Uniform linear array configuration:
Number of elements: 4
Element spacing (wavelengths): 0.25
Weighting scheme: uniform
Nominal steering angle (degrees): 45
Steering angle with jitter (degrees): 46.904
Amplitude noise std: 0.05
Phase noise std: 0.05

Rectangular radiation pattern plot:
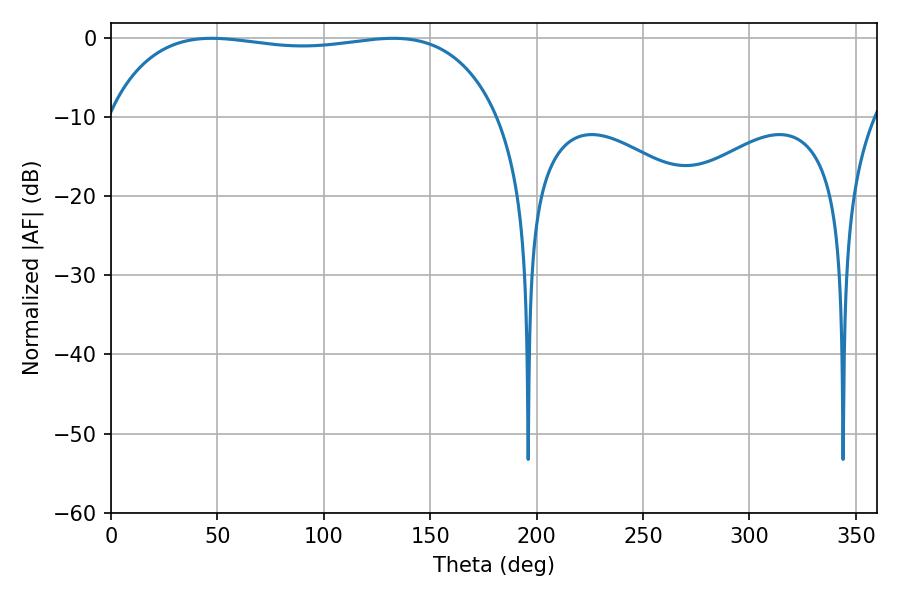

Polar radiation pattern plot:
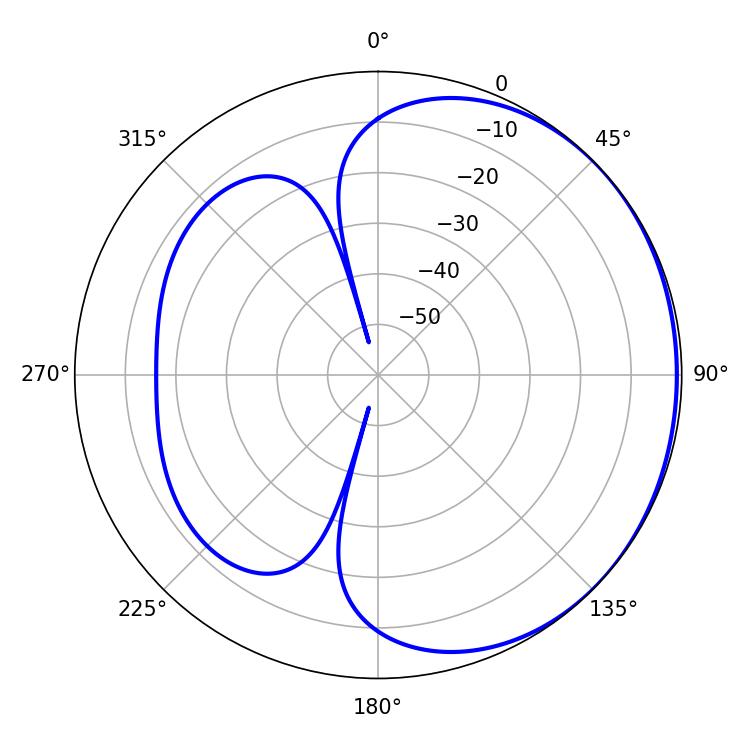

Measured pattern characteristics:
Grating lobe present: FALSE
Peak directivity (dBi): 0.8492
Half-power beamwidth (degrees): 147.6
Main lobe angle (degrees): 47.34